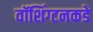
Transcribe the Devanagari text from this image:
वॉशिंग्टनकडे